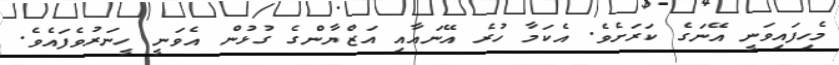
މެހިފައިވަނީ އޭނަގެ ކަރަށެވެ. އެކަމާ ހުރެ އޭނައާއި އަޒްޔާންގެ ގުޅުން އެވަނީ ހީނަރުވެފައެވެ.